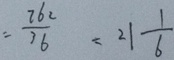
= \frac { 2 6 2 } { 3 6 } = 2 1 \frac { 1 } { 6 }